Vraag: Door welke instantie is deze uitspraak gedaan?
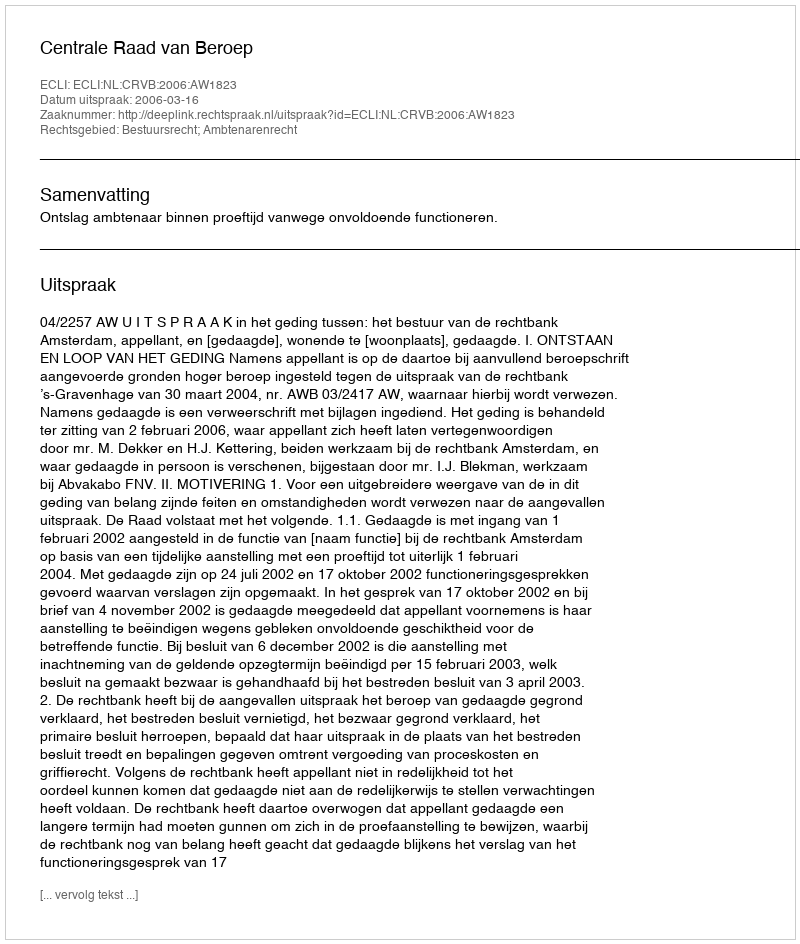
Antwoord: Centrale Raad van Beroep